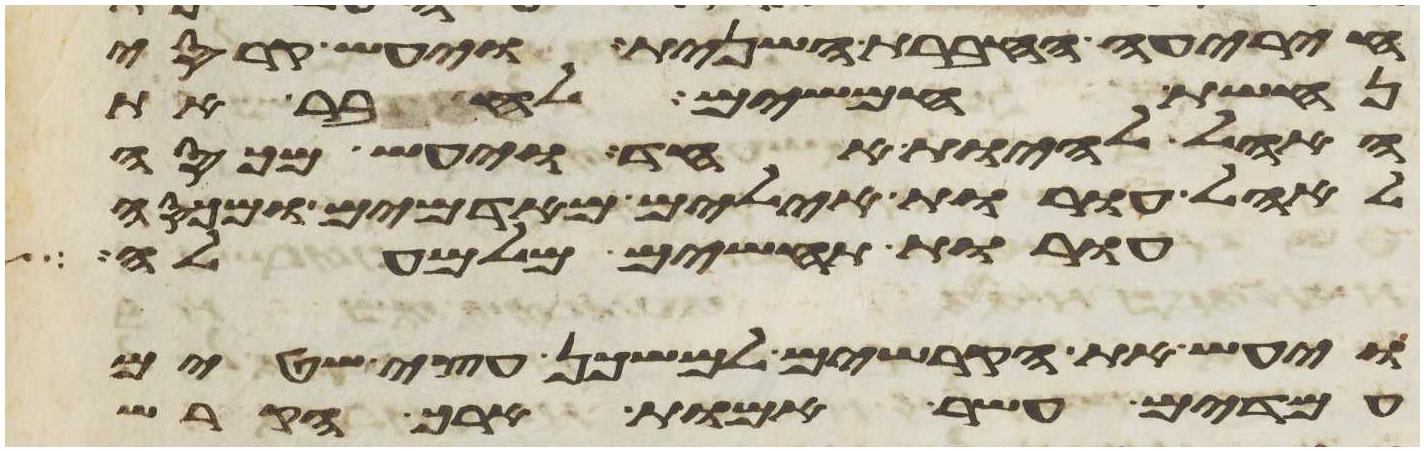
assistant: היריעה החברת השנית ויעש קרסי
נחשת חמשים לחבר את
האהל להיות אחד ויעש מכסה
לאהל עורות אילים מאדמים ומכסה
עורות תחשים מלמעלה
ויעש את הקרשים למשכן עצי שטים
עמדים עשר אמות ארך הקרש